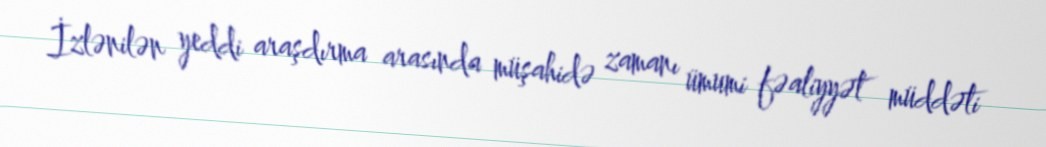
İzlənilən yeddi araşdırma arasında müşahidə zamanı ümumi fəaliyyət müddəti